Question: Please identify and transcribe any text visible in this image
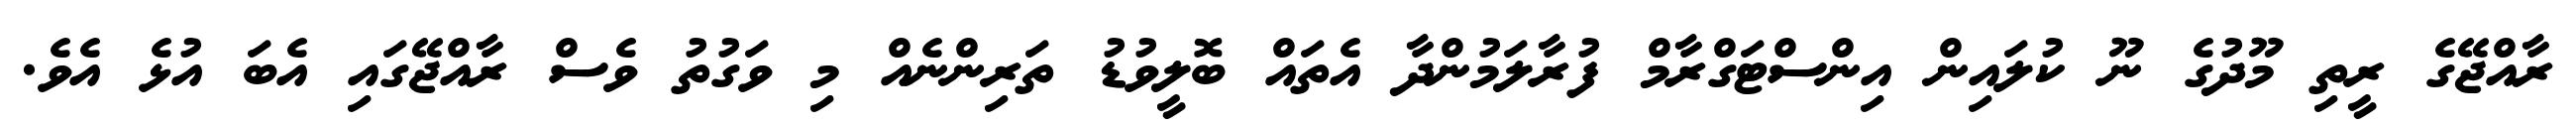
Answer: ރާއްޖޭގެ ރީތި މޫދުގެ ނޫ ކުލައިން އިންސްޓަގްރާމް ފުރާލަމުންދާ އެތައް ބޮލީވުޑު ތަރިންނެއް މި ވަގުތު ވެސް ރާއްޖޭގައި އެބަ އުޅެ އެވެ.